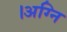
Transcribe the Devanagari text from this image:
।अग्नि